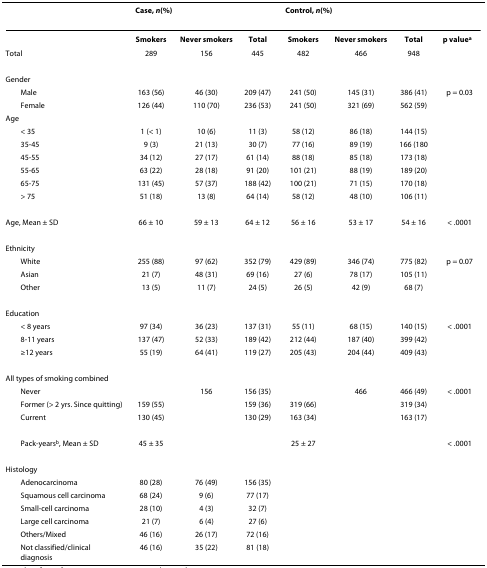
<table><thead><tr><td></td><td colspan="3"><b>Case, <i>n</i>(%)</b></td><td colspan="3"><b>Control, <i>n</i>(%)</b></td><td></td></tr></thead><tbody><tr><td></td><td><b>Smokers</b></td><td><b>Never smokers</b></td><td><b>Total</b></td><td><b>Smokers</b></td><td><b>Never smokers</b></td><td><b>Total</b></td><td><b>p value<sup>a</sup></b></td></tr><tr><td>Total</td><td>289</td><td>156</td><td>445</td><td>482</td><td>466</td><td>948</td><td></td></tr><tr><td>Gender</td><td></td><td></td><td></td><td></td><td></td><td></td><td></td></tr><tr><td> Male</td><td>163 (56)</td><td>46 (30)</td><td>209 (47)</td><td>241 (50)</td><td>145 (31)</td><td>386 (41)</td><td>p = 0.03</td></tr><tr><td> Female</td><td>126 (44)</td><td>110 (70)</td><td>236 (53)</td><td>241 (50)</td><td>321 (69)</td><td>562 (59)</td><td></td></tr><tr><td>Age</td><td></td><td></td><td></td><td></td><td></td><td></td><td></td></tr><tr><td> &lt; 35</td><td>1 (&lt; 1)</td><td>10 (6)</td><td>11 (3)</td><td>58 (12)</td><td>86 (18)</td><td>144 (15)</td><td></td></tr><tr><td> 35-45</td><td>9 (3)</td><td>21 (13)</td><td>30 (7)</td><td>77 (16)</td><td>89 (19)</td><td>166 (180</td><td></td></tr><tr><td> 45-55</td><td>34 (12)</td><td>27 (17)</td><td>61 (14)</td><td>88 (18)</td><td>85 (18)</td><td>173 (18)</td><td></td></tr><tr><td> 55-65</td><td>63 (22)</td><td>28 (18)</td><td>91 (20)</td><td>101 (21)</td><td>88 (19)</td><td>189 (20)</td><td></td></tr><tr><td> 65-75</td><td>131 (45)</td><td>57 (37)</td><td>188 (42)</td><td>100 (21)</td><td>71 (15)</td><td>170 (18)</td><td></td></tr><tr><td> &gt; 75</td><td>51 (18)</td><td>13 (8)</td><td>64 (14)</td><td>58 (12)</td><td>48 (10)</td><td>106 (11)</td><td></td></tr><tr><td>Age, Mean ± SD</td><td>66 ± 10</td><td>59 ± 13</td><td>64 ± 12</td><td>56 ± 16</td><td>53 ± 17</td><td>54 ± 16</td><td>&lt; .0001</td></tr><tr><td>Ethnicity</td><td></td><td></td><td></td><td></td><td></td><td></td><td></td></tr><tr><td> White</td><td>255 (88)</td><td>97 (62)</td><td>352 (79)</td><td>429 (89)</td><td>346 (74)</td><td>775 (82)</td><td>p = 0.07</td></tr><tr><td> Asian</td><td>21 (7)</td><td>48 (31)</td><td>69 (16)</td><td>27 (6)</td><td>78 (17)</td><td>105 (11)</td><td></td></tr><tr><td> Other</td><td>13 (5)</td><td>11 (7)</td><td>24 (5)</td><td>26 (5)</td><td>42 (9)</td><td>68 (7)</td><td></td></tr><tr><td>Education</td><td></td><td></td><td></td><td></td><td></td><td></td><td></td></tr><tr><td> &lt; 8 years</td><td>97 (34)</td><td>36 (23)</td><td>137 (31)</td><td>55 (11)</td><td>68 (15)</td><td>140 (15)</td><td>&lt; .0001</td></tr><tr><td> 8-11 years</td><td>137 (47)</td><td>52 (33)</td><td>189 (42)</td><td>212 (44)</td><td>187 (40)</td><td>399 (42)</td><td></td></tr><tr><td> ≥12 years</td><td>55 (19)</td><td>64 (41)</td><td>119 (27)</td><td>205 (43)</td><td>204 (44)</td><td>409 (43)</td><td></td></tr><tr><td>All types of smoking combined</td><td></td><td></td><td></td><td></td><td></td><td></td><td></td></tr><tr><td> Never</td><td></td><td>156</td><td>156 (35)</td><td></td><td>466</td><td>466 (49)</td><td>&lt; .0001</td></tr><tr><td> Former (&gt; 2 yrs. Since quitting)</td><td>159 (55)</td><td></td><td>159 (36)</td><td>319 (66)</td><td></td><td>319 (34)</td><td></td></tr><tr><td> Current</td><td>130 (45)</td><td></td><td>130 (29)</td><td>163 (34)</td><td></td><td>163 (17)</td><td></td></tr><tr><td> Pack-years<sup>b</sup>, Mean ± SD</td><td>45 ± 35</td><td></td><td></td><td>25 ± 27</td><td></td><td></td><td>&lt; .0001</td></tr><tr><td>Histology</td><td></td><td></td><td></td><td></td><td></td><td></td><td></td></tr><tr><td> Adenocarcinoma</td><td>80 (28)</td><td>76 (49)</td><td>156 (35)</td><td></td><td></td><td></td><td></td></tr><tr><td> Squamous cell carcinoma</td><td>68 (24)</td><td>9 (6)</td><td>77 (17)</td><td></td><td></td><td></td><td></td></tr><tr><td> Small-cell carcinoma</td><td>28 (10)</td><td>4 (3)</td><td>32 (7)</td><td></td><td></td><td></td><td></td></tr><tr><td> Large cell carcinoma</td><td>21 (7)</td><td>6 (4)</td><td>27 (6)</td><td></td><td></td><td></td><td></td></tr><tr><td> Others/Mixed</td><td>46 (16)</td><td>26 (17)</td><td>72 (16)</td><td></td><td></td><td></td><td></td></tr><tr><td> Not classified/clinicaldiagnosis</td><td>46 (16)</td><td>35 (22)</td><td>81 (18)</td><td></td><td></td><td></td><td></td></tr></tbody></table>